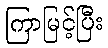
ကြာမြင့်ပြီး